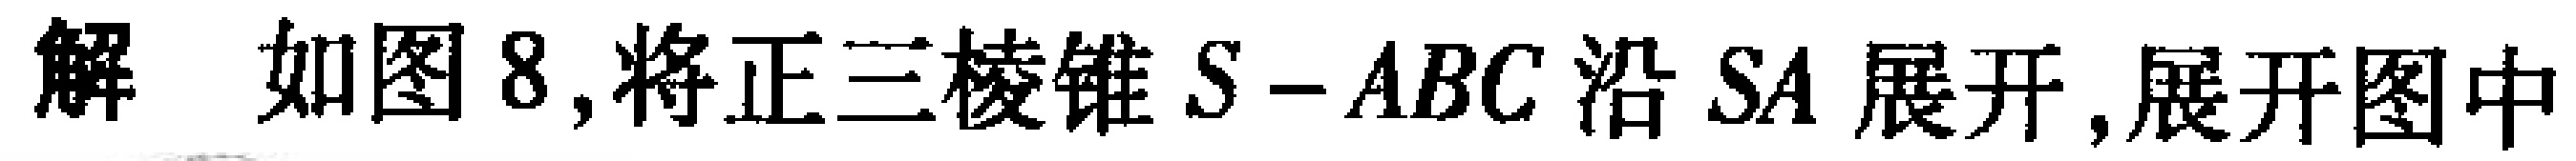
解 如图8,将正三棱锥\(S - ABC\)沿\(SA\)展开,展开图中